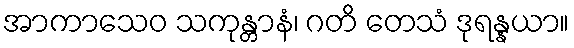
အာကာသေဝ သကုန္တာနံ၊ ဂတိ တေသံ ဒုရန္နယာ။